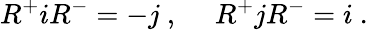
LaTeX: R^{+}iR^{-}=-j~,~~~~~R^{+}jR^{-}=i~.